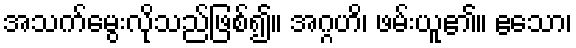
အသက်မွေးလိုသည်ဖြစ်၍။ အဂ္ဂဟိ၊ ဖမ်းယူ၏။ ဧသော၊